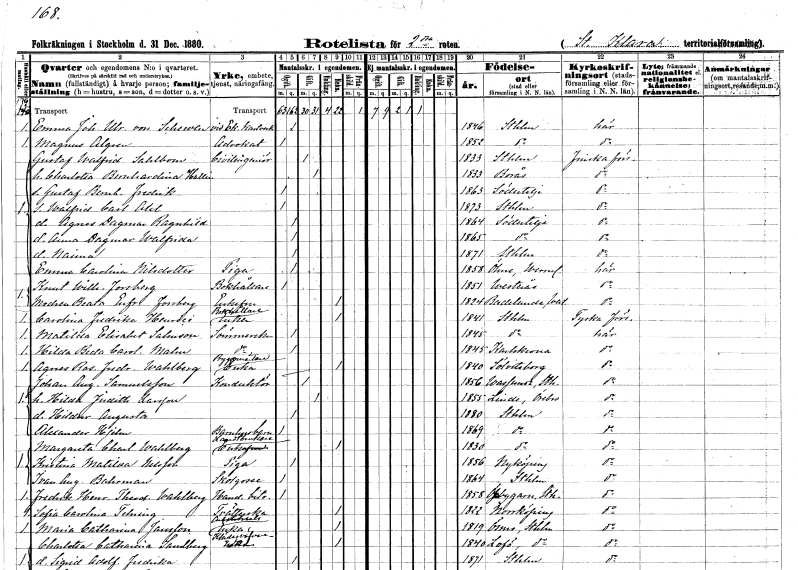
gt_parse: households: individuals: FN: Emma Johanna Ulrika
EN: von Schewen
YRKE: Vid Ek. kartverk.
KON: K
CIV: O
FODAR: 1846
FODFORS: Stockholm
FN: Magnus
EN: Algren
YRKE: Advokat
KON: M
CIV: O
FODAR: 1852
FODFORS: Stockholm
FN: Gustaf Walfrid
EN: Sahlbom
YRKE: Civilingenjör
KON: M
CIV: G
FODAR: 1833
FODFORS: Stockholm
FN: Charlotta Bernhardina
EN: Hallin
KON: K
CIV: G
FODAR: 1833
FODFORS: Borås Älvsborgs län
FN: Gustaf Bernhard Fredrik
KON: M
CIV: O
FODAR: 1863
FODFORS: Södertälje Stockholms län
FN: Walfrid Carl Axel
KON: M
CIV: O
FODAR: 1873
FODFORS: Stockholm
FN: Agnes Dagmar Ragnhild
KON: K
CIV: O
FODAR: 1864
FODFORS: Södertälje Stockholms län
FN: Anna Dagmar Walfrida
KON: K
CIV: O
FODAR: 1865
FODFORS: Södertälje Stockholms län
FN: Naima
KON: K
CIV: O
FODAR: 1871
FODFORS: Stockholm
FN: Emma Carolina
EN: Nilsdotter
YRKE: Piga
KON: K
CIV: O
FODAR: 1858
FODFORS: Ölme Värmlands län
FN: Knut Wilhelm
EN: Forsberg
YRKE: Bokhållare
KON: M
CIV: O
FODAR: 1851
FODFORS: Västerås Västmanlands län
FN: Beata Eufrosyne
EN: Forsberg
KON: K
CIV: E
FODAR: 1824
FODFORS: Badelunda Västmanlands län
FN: Carolina Fredrika
EN: Henrici
YRKE: Bokhållareänka
KON: K
CIV: E
FODAR: 1841
FODFORS: Stockholm
FN: Matilda Elisabet
EN: Salmson
YRKE: Sömmerska
KON: K
CIV: O
FODAR: 1845
FODFORS: Stockholm
FN: Hilda Beda Carolina
EN: Malm
YRKE: Sömmerska
KON: K
CIV: O
FODAR: 1845
FODFORS: Karlskrona Blekinge län
FN: Agnes Rosalie Fredrika
EN: Wahlberg
YRKE: Byggmästareänka
KON: K
CIV: E
FODAR: 1840
FODFORS: Sölvesborg Blekinge län
FN: Johan August
EN: Samuelsson
YRKE: Konduktör
KON: M
CIV: G
FODAR: 1856
FODFORS: Vassunda Uppsala län
FN: Hilda Judith
EN: Larsson
KON: K
CIV: G
FODAR: 1855
FODFORS: Linde Örebro län
FN: Hildur Augusta
KON: K
CIV: O
FODAR: 1880
FODFORS: Stockholm
FN: Alexander
EN: Hjelm
YRKE: Barnhusbarn
KON: M
CIV: O
FODAR: 1869
FODFORS: Stockholm
FN: Margareta Charlotta
EN: Wahlberg
YRKE: Lantbrukareänka
KON: K
CIV: E
FODAR: 1830
FODFORS: Stockholm
FN: Kristina Matilda
EN: Nilsson
YRKE: Piga
KON: K
CIV: O
FODAR: 1856
FODFORS: Nyköping Södermanlands län
FN: Ivan August
EN: Bahrman
YRKE: Skolgosse
KON: M
CIV: O
FODAR: 1864
FODFORS: Stockholm
FN: Fredrik Henrik Theodor
EN: Wahlberg
YRKE: Handelsbiträde
KON: M
CIV: O
FODAR: 1858
FODFORS: Össeby-Garn Stockholms län
FN: Sofia Carolina
EN: Telning
YRKE: Tvätterska
KON: K
CIV: E
FODAR: 1822
FODFORS: Norrköping Östergötlands län
FN: Maria Catharina
EN: Jansson
YRKE: Arbetskarlsänka
KON: K
CIV: E
FODAR: 1819
FODFORS: Ösmo Stockholms län